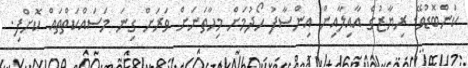
ކަންބޮޑުވޭ. ރިޔާޒުގެ އާއިލާއިން އިންސާފު ހޯދުމަށް މިހާތަނަށް ވަރަށް ގިނަ މަސައްކަތްތައް ކޮށްފި.